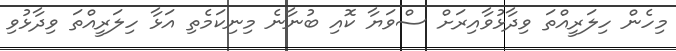
މިހެން ހިލަރީއްތަ ވިދާޅުވާއިރަށް ސްވަޔާ ކޮއި ބުނާނެ މިނިކަމެތި އަޅާ ހިލަރީއްތަ ވިދާޅުވި